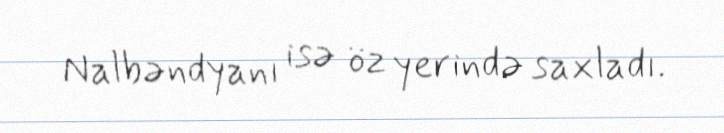
Nalbəndyanı isə öz yerində saxladı.